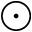
\odot